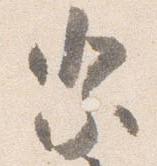
祭